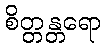
စိတ္တန္တရော